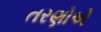
તરણોએ